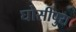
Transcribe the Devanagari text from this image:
घोसीपुरा